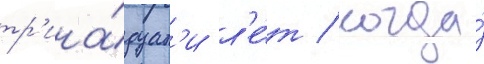
тр'ина́дцат'и л'е́т / когда́